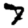
Digit: 7